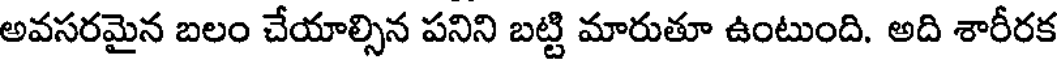
అవసరమైన బలం చేయాల్సిన పనిని బట్టి మారుతూ ఉంటుంది. అది శారీరక